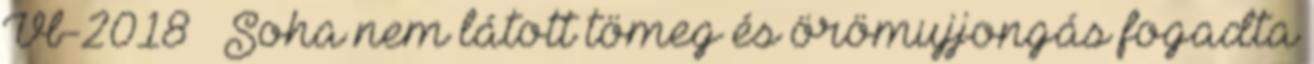
Vb-2018 – Soha nem látott tömeg és örömujjongás fogadta